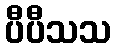
ပီပီသသ